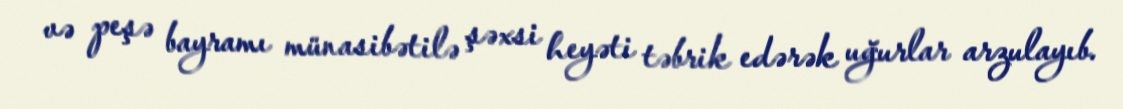
və peşə bayramı münasibətilə şəxsi heyəti təbrik edərək uğurlar arzulayıb.